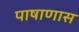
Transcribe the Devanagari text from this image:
पाषाणास